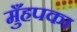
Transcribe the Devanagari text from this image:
मुँहपका